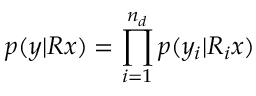
p ( y | R x ) = \prod _ { i = 1 } ^ { n _ { d } } p ( y _ { i } | R _ { i } x )